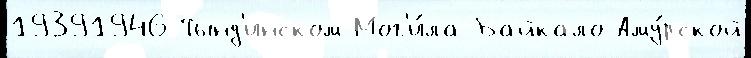
19391946 Тынд'инском Мог'и́ла Байкало-Аму́рской